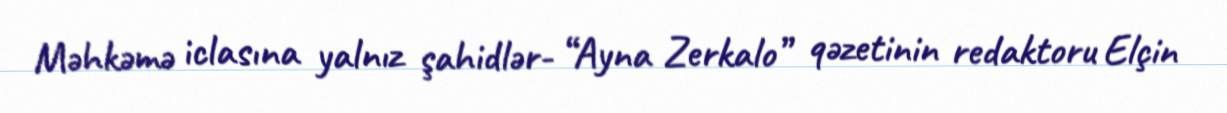
Məhkəmə iclasına yalnız şahidlər- “Ayna Zerkalo” qəzetinin redaktoru Elçin